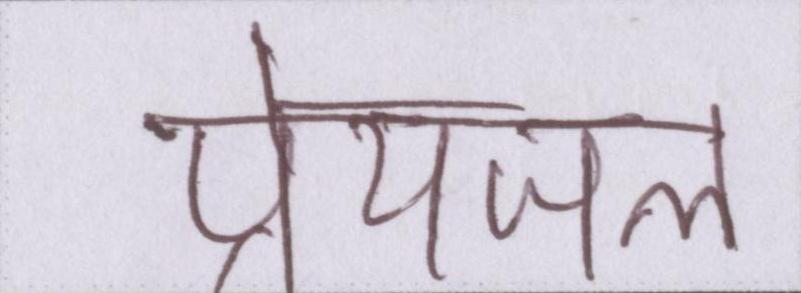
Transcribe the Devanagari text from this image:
पेयजल